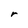
Character: r